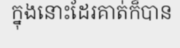
ក្នុងនោះដែរគាត់ក៏បាន